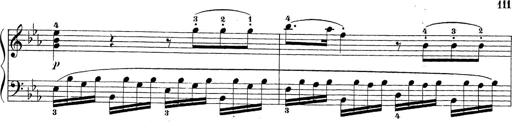
Title: Sonatina Album
Composer: Louis KÃ¶hler